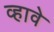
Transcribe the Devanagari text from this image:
व्‍हावे